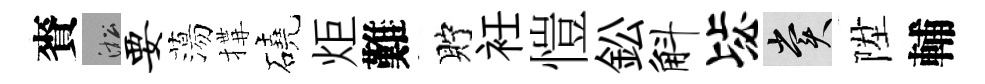
賚淞要蕩搆磽炬難貯衽愷鈆斛毖賞陞輔